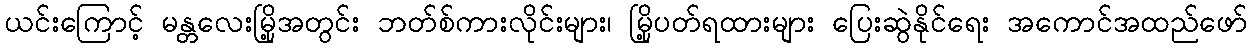
ယင်းကြောင့် မန္တလေးမြို့အတွင်း ဘတ်စ်ကားလိုင်းများ၊ မြို့ပတ်ရထားများ ပြေးဆွဲနိုင်ရေး အကောင်အထည်ဖော်